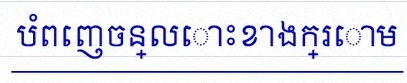
បំពេញចន្លោះខាងក្រោម